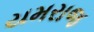
યમરાજ